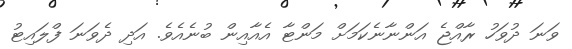
ވަނަ ދުވަހު ރާއްޖެ އަންނާނެކަމަށް މަންޓާ އެއާއިން ބުނެއެވެ. އަދި ދެވަނަ ފްލައިޓު